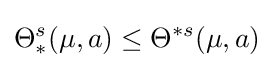
\Theta _{*}^{s}(\mu ,a)\leq \Theta ^{*s}(\mu ,a)